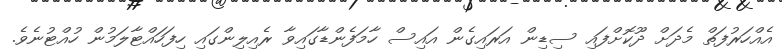
އެއްހަރުފަތް މެދަށް ދޫކޮށްފައި ސިޑިން އަރައިގެން އައިސް ހާމަފެންޑާގައިވާ ރެއިލިންގައި ހިފަހައްޓާލަމުން ހުއްޓުނެވެ.